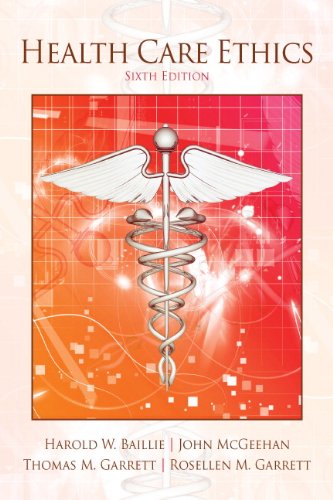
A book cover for Health Care Ethics (6th Edition); Harold M. Baillie; Medical Books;